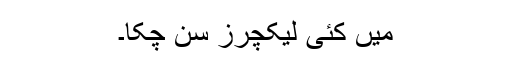
میں کئی لیکچرز سن چکا۔